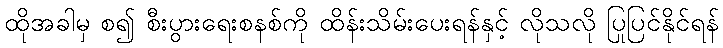
ထိုအခါမှ စ၍ စီးပွားရေးစနစ်ကို ထိန်းသိမ်းပေးရန်နှင့် လိုသလို ပြုပြင်နိုင်ရန်